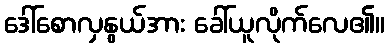
ဒေါ်စောလှနွယ်အား ခေါ်ယူလိုက်လေ၏။